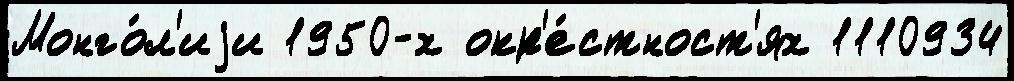
Монго́л'иjи 1950-х окр'е́стност'ях 1110934